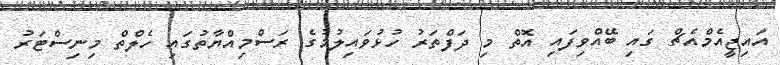
އައިޖީއެމްއެޗް ގައި ބޭއްވިފައި އޮތް މި ދަފްތަރު ހުޅުވައިލުމުގެ ރަސްމިއްޔާތުގައި ހެލްތް މިނިސްޓަރު